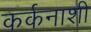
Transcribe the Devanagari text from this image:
कर्कनाशी